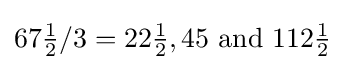
67{\tfrac {1}{2}}/3=22{\tfrac {1}{2}},45{\text{ and }}112{\tfrac {1}{2}}